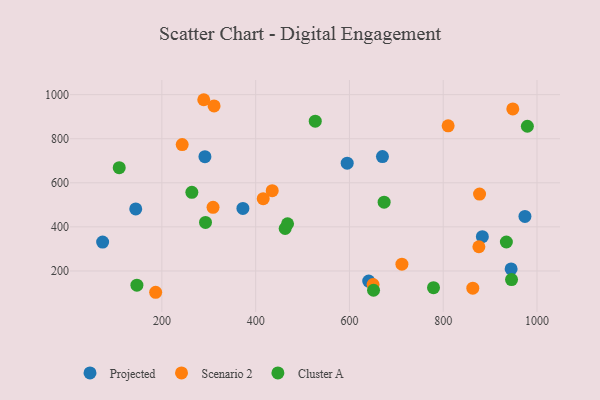
{"axis": {"x": "Distance", "y": "Exam Score"}, "legend": ["Cluster A", "Projected", "Scenario 2"], "data": [{"x": "372.8", "y": 483.9, "type": "Projected"}, {"x": "641.1", "y": 154.0, "type": "Projected"}, {"x": "883.5", "y": 355.5, "type": "Projected"}, {"x": "73.6", "y": 331.0, "type": "Projected"}, {"x": "291.8", "y": 718.6, "type": "Projected"}, {"x": "144.2", "y": 481.6, "type": "Projected"}, {"x": "974.3", "y": 447.5, "type": "Projected"}, {"x": "944.8", "y": 209.2, "type": "Projected"}, {"x": "670.4", "y": 719.3, "type": "Projected"}, {"x": "595.2", "y": 689.0, "type": "Projected"}, {"x": "435.3", "y": 564.5, "type": "Scenario 2"}, {"x": "876.1", "y": 309.9, "type": "Scenario 2"}, {"x": "309.1", "y": 488.6, "type": "Scenario 2"}, {"x": "948.4", "y": 935.5, "type": "Scenario 2"}, {"x": "863.1", "y": 121.9, "type": "Scenario 2"}, {"x": "243.3", "y": 773.5, "type": "Scenario 2"}, {"x": "311.3", "y": 949.1, "type": "Scenario 2"}, {"x": "416.1", "y": 528.0, "type": "Scenario 2"}, {"x": "877.5", "y": 549.1, "type": "Scenario 2"}, {"x": "810.5", "y": 858.7, "type": "Scenario 2"}, {"x": "289.3", "y": 977.1, "type": "Scenario 2"}, {"x": "186.7", "y": 103.3, "type": "Scenario 2"}, {"x": "650.4", "y": 138.5, "type": "Scenario 2"}, {"x": "711.9", "y": 230.8, "type": "Scenario 2"}, {"x": "651.4", "y": 112.4, "type": "Cluster A"}, {"x": "263.9", "y": 556.7, "type": "Cluster A"}, {"x": "934.7", "y": 331.4, "type": "Cluster A"}, {"x": "779.3", "y": 124.3, "type": "Cluster A"}, {"x": "945.7", "y": 161.1, "type": "Cluster A"}, {"x": "293.0", "y": 420.2, "type": "Cluster A"}, {"x": "462.9", "y": 392.8, "type": "Cluster A"}, {"x": "979.5", "y": 856.7, "type": "Cluster A"}, {"x": "109.0", "y": 668.9, "type": "Cluster A"}, {"x": "674.0", "y": 512.3, "type": "Cluster A"}, {"x": "527.1", "y": 879.6, "type": "Cluster A"}, {"x": "468.0", "y": 414.2, "type": "Cluster A"}, {"x": "146.7", "y": 135.7, "type": "Cluster A"}]}